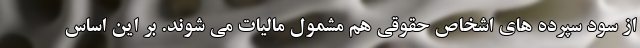
از سود سپرده های اشخاص حقوقی هم مشمول مالیات می شوند. بر این اساس